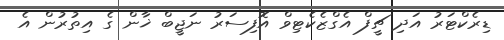
ޑިރެކްޓަރު އަދި ޗީފް އެގްޒެކެޓިވް އޮފިސަރު ނަޖީބް ޚާން ގެ އިތުރުން އެ